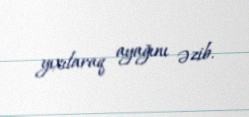
yıxılaraq ayağını əzib.